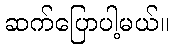
ဆက်ပြောပါ့မယ်။